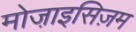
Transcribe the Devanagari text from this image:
मोजा़इसिज़म